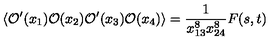
\langle { \mathcal O } ^ { \prime } ( x _ { 1 } ) { \mathcal O } ( x _ { 2 } ) { \mathcal O } ^ { \prime } ( x _ { 3 } ) { \mathcal O } ( x _ { 4 } ) \rangle = \frac { 1 } { x _ { 1 3 } ^ { 8 } x _ { 2 4 } ^ { 8 } } F ( s , t )